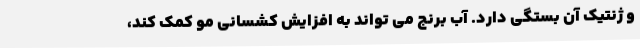
و ژنتیک آن بستگی دارد. آب برنج می تواند به افزایش کشسانی مو کمک کند،